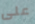
على